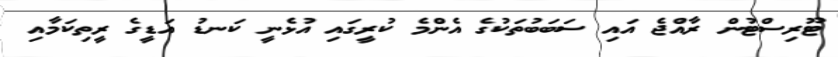
ޓޫރިސްޓުން ރާއްޖެ އައި ސަބަބުތަކުގެ އެންމެ ކުރީގައި އުޅެނީ ކަނޑު އަޑީގެ ރީތިކަމާއި